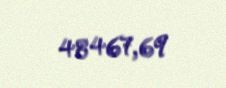
48467,69